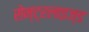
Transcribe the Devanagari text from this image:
सेन्ट्रलाइज्ड